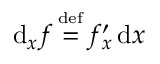
\operatorname { d } _ { x } \! f \, { \overset { \underset { \mathrm { d e f } } { } } { = } } \, f _ { x } ^ { \prime } \operatorname { d } \! x